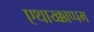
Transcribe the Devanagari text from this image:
एथाय्क्काप्पम